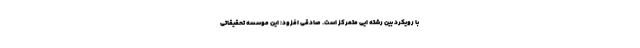
با رویکرد بین رشته ایی متمرکز است. صادقی افزود: این موسسه تحقیقاتی